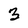
Character: 3